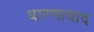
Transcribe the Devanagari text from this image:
धारणावाद